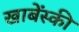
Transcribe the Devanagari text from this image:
खाबेंस्की